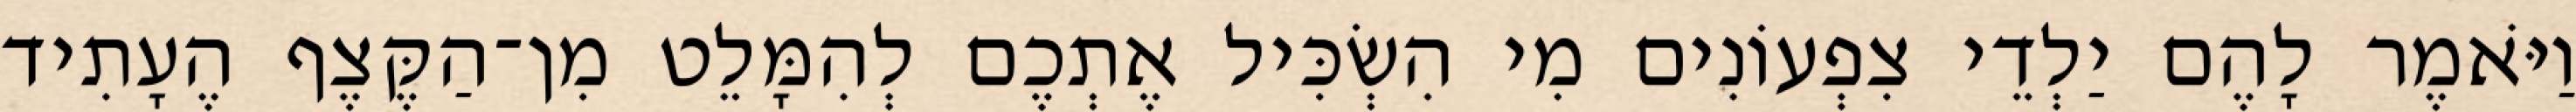
וַיֹּאמֶר לָהֶם יַלְדֵי צִפְעוֹנִים מִי הִשְׂכִּיל אֶתְכֶם לְהִמָּלֵט מִן־הַקֶּצֶף הֶעָתִיד